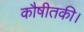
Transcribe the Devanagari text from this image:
कौषीतकी।